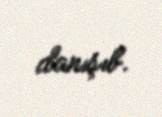
danışıb.